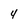
Character: 4